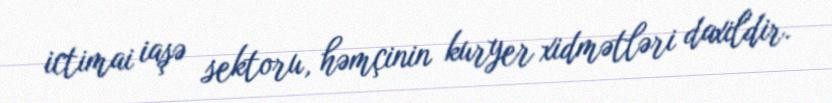
ictimai iaşə sektoru, həmçinin kuryer xidmətləri daxildir.